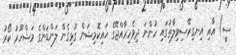
ސީ) އާއި އިނގިރޭސިވިލާތުގައި ހުންނަ ދިވެހިރާއްޖޭގެ ހައިކޮމިޝަން ގުޅިގެން ލަންޑަންގެ މަޝްހޫރު ކޯރު